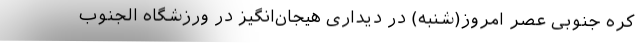
کره جنوبی عصر امروز(شنبه) در دیداری هیجان‌انگیز در ورزشگاه الجنوب